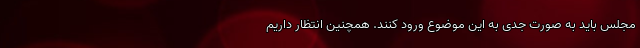
مجلس باید به صورت جدی به این موضوع ورود کنند. همچنین انتظار داریم